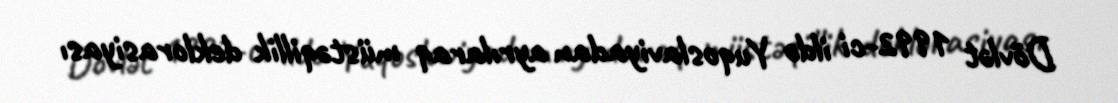
Dövlət 1992-ci ildə Yuqoslaviyadan ayrılaraq müstəqillik deklorasiyası